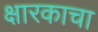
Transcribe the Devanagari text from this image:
क्षारकाचा